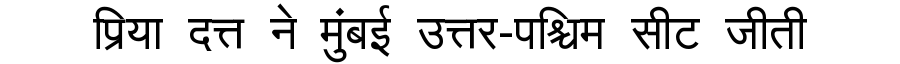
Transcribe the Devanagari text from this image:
प्रिया दत्त ने मुंबई उत्तर-पश्चिम सीट जीती